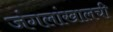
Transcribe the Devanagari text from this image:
जंगलांखालची